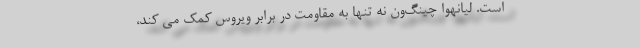
است. لیانهوا چینگ‌ون نه تنها به مقاومت در برابر ویروس کمک می کند،